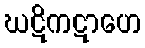
ဃဋိကဋာဟေ